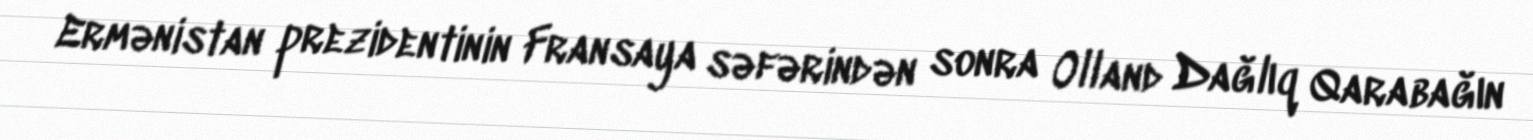
Ermənistan prezidentinin Fransaya səfərindən sonra Olland Dağlıq Qarabağın